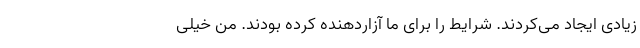
زیادی ایجاد می‌کردند. شرایط را برای ما آزاردهنده کرده بودند. من خیلی